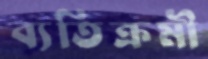
ব্যতিক্রমী